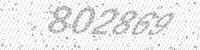
Solution: 802869